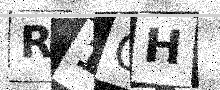
Text: R1QH